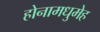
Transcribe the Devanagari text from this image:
होनामधुमेह